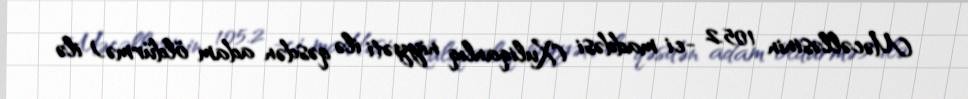
Məcəlləsinin 105.2 -ci maddəsi (Xuliqanlıq niyyəti ilə qəsdən adam öldürmə) ilə